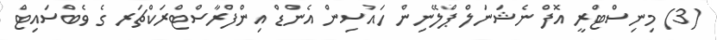
(3) މިނިސްޓްރީ އޮފް ނެޝަނަލް ޕްލޭނިން ހައުސިން އެންޑް އިންފްރާސްޓްރަކްޗަރ ގެ ވެބްސައިޓް